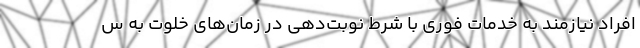
افراد نیازمند به خدمات فوری با شرط نوبت‌دهی در زمان‌های خلوت به س